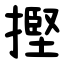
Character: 摼